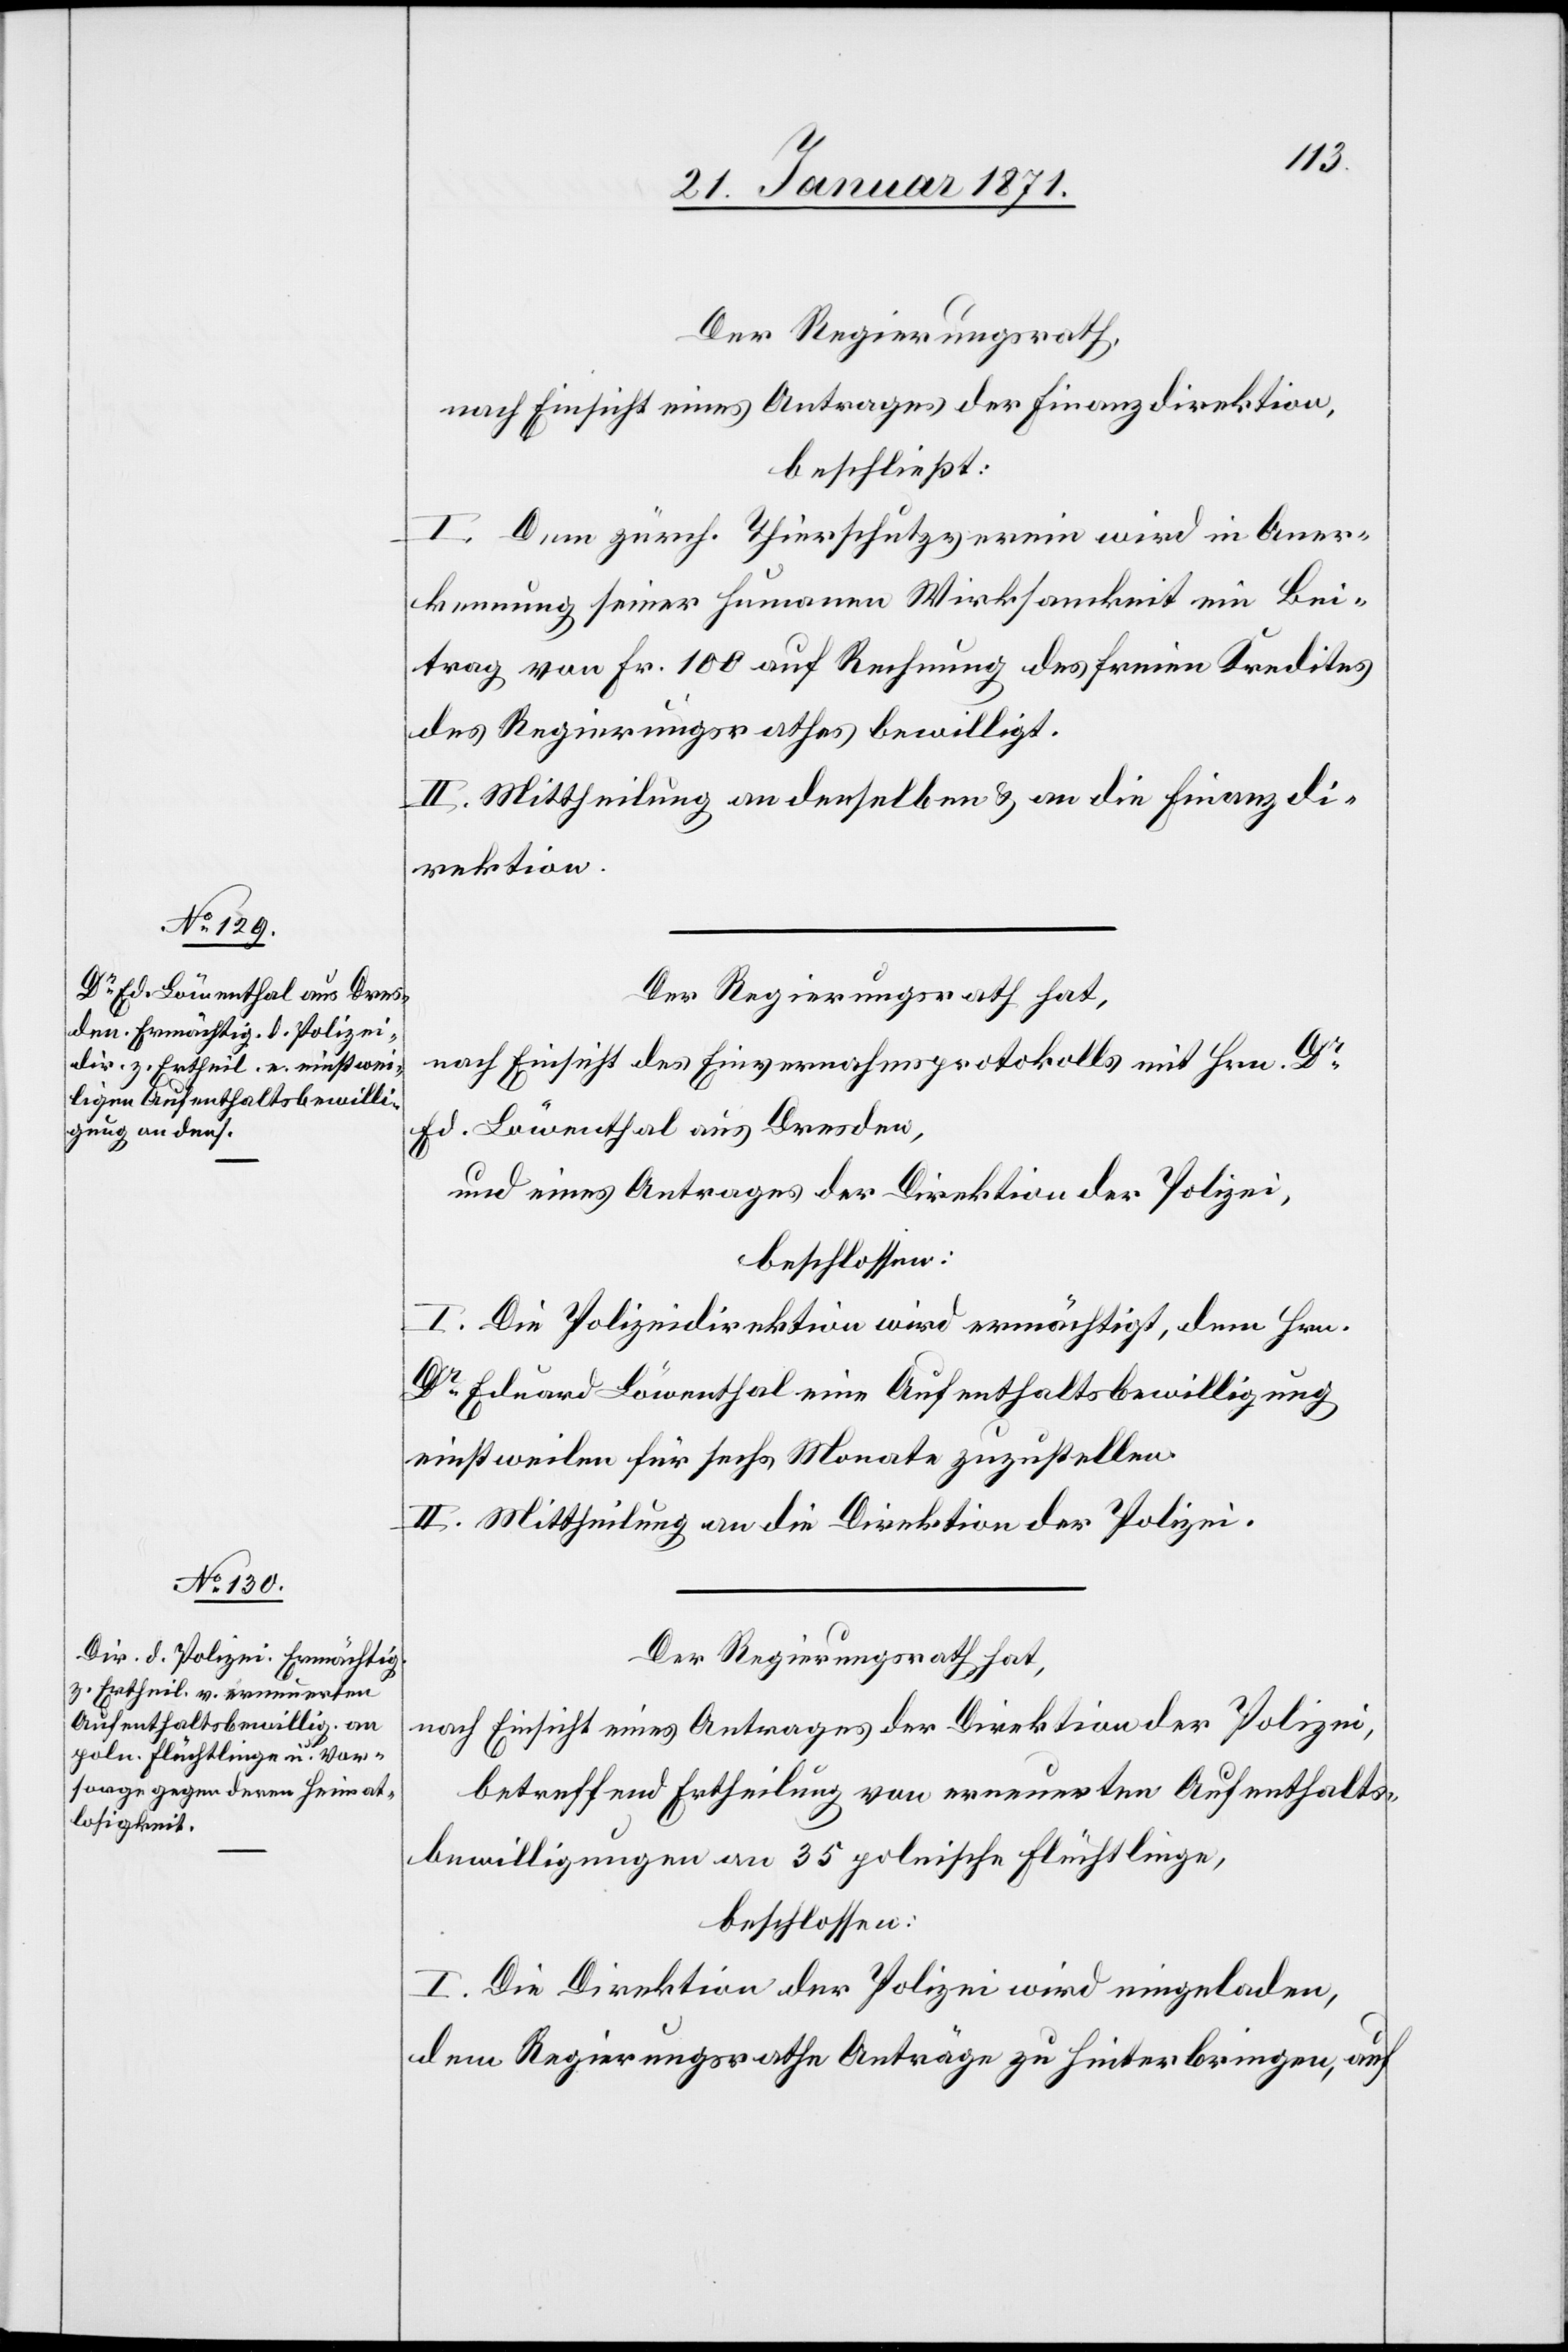
Der Regierungsrath,
nach Einsicht eines Antrages der Finanzdirektion,
beschließt:
I. Dem zürch. Thierschutzverein wird in Aner¬
kennung seiner humanen Wirksamkeit ein Bei¬
trag von Fr. 100 auf Rechnung des freien Kredites
des Regierungsrathes bewilligt.
II. Mittheilung an denselben u. an die Finanzdi¬
rektion.
Der Regierungsrath hat,
nach Einsicht des Einvernahmsprotokolls mit Hrn. Dr.
Ed. Löwenthal aus Dresden,
und eines Antrages der Direktion der Polizei,
beschlossen:
I. Die Polizeidirektion wird ermächtigt, dem Hrn.
Dr. Eduard Löwenthal eine Aufenthaltsbewilligung
einstweilen für sechs Monate zuzustellen.
II. Mittheilung an die Direktion der Polizei.
Der Regierungsrath hat,
nach Einsicht eines Antrages der Direktion der Polizei,
betreffend Ertheilung von erneuerter Aufenthalts¬
bewilligung an 35 polnische Flüchtlinge,
beschlossen:
I. Die Direktion der Polizei wird eingeladen,
dem Regierungsrathe Anträge zu hinterbringen, auf